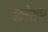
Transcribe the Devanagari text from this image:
चक्रेश्वर